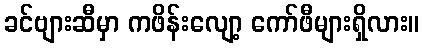
ခင်ဗျားဆီမှာ ကဖိန်းလျော့ ကော်ဖီများရှိလား။